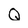
Character: Q